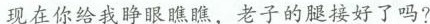
现在你给我睁眼瞧瞧，老子的腿接好了?